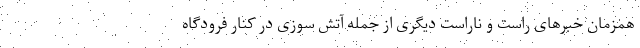
همزمان خبرهای راست و ناراست دیگری از جمله آتش سوزی در کنار فرودگاه